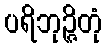
ပရိဘုဉ္ဇိတုံ